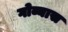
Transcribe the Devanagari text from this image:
गोव्यास